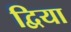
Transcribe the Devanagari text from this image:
द्विया